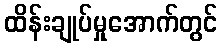
ထိန်းချုပ်မှုအောက်တွင်